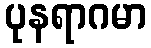
ပုနရာဂမာ